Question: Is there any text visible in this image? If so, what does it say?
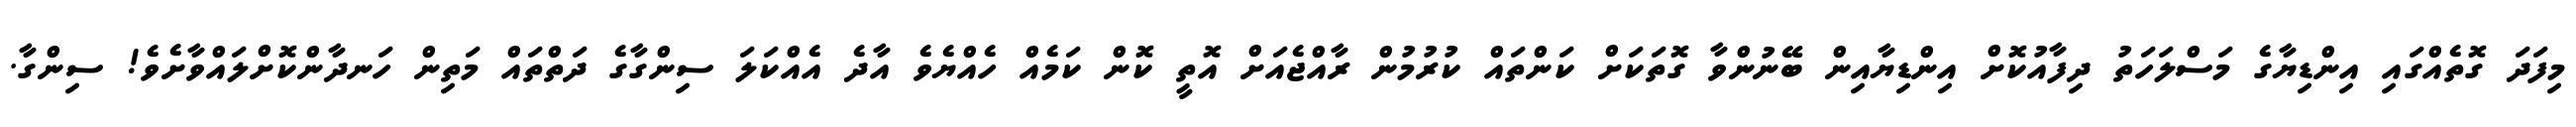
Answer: މިފަދަ ގޮތެއްގައި އިންޑިޔާގެ މަސްލަހަތު ދިފާއުކޮށް އިންޑިޔާއިން ބޭނުންވާ ގޮތަކަށް ކަންތައް ކުރުމުން ރާއްޖެއަށް އޮތީ ކޮން ކަމެއް ހެއްޔެވެ އާދެ އެއްކަލަ ސިންގާގެ ދަތްތައް މަތިން ހަނދާންކޮށްލައްވާށެވެ! ސިންގާ.